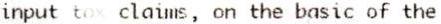
INPUT TAX CLAIMS, ON THE BASIC OF THE